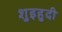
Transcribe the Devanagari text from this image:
शुइहुदी